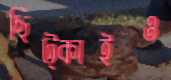
ছিট্‌কাইও